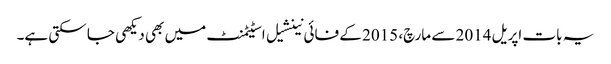
یہ بات اپریل 2014 سے مارچ، 2015 کے فائی نینشیل اسٹیٹمنٹ میں بھی دیکھی جا سکتی ہے۔